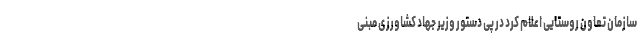
سازمان تعاون روستایی اعلام کرد در پی دستور وزیر جهاد کشاورزی مبنی